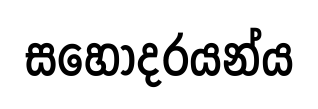
සහෝදරයන්ය